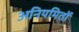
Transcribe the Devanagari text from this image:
अनियमितों